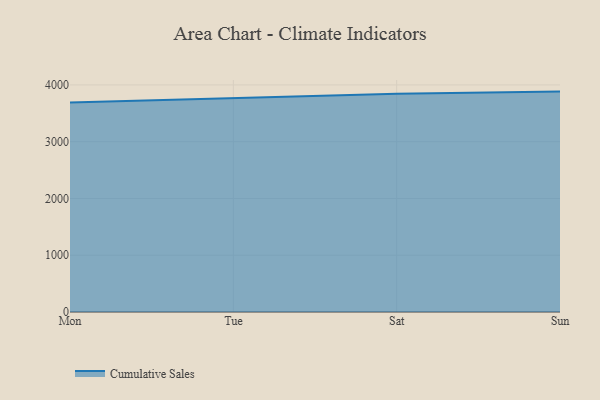
{"axis": {"x": "Day", "y": "Tickets Resolved"}, "legend": ["Cumulative Sales"], "data": [{"x": "Mon", "y": 3691.5, "type": "Cumulative Sales"}, {"x": "Tue", "y": 3762.0, "type": "Cumulative Sales"}, {"x": "Sat", "y": 3842.7, "type": "Cumulative Sales"}, {"x": "Sun", "y": 3882.0, "type": "Cumulative Sales"}]}